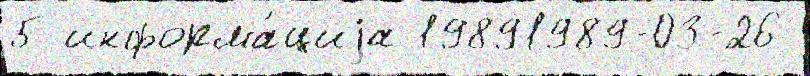
5 информа́циjа 19891989-03-26